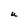
Character: U